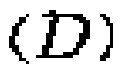
$(D)$